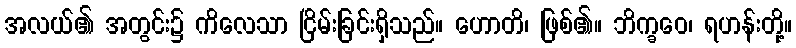
အလယ်၏ အတွင်း၌ ကိလေသာ ငြိမ်းခြင်းရှိသည်။ ဟောတိ၊ ဖြစ်၏။ ဘိက္ခဝေ၊ ရဟန်းတို့။